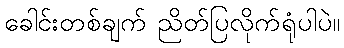
ခေါင်းတစ်ချက် ညိတ်ပြလိုက်ရုံပါပဲ။